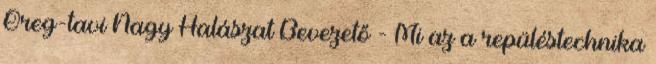
Öreg-tavi Nagy Halászat Bevezető - Mi az a repüléstechnika